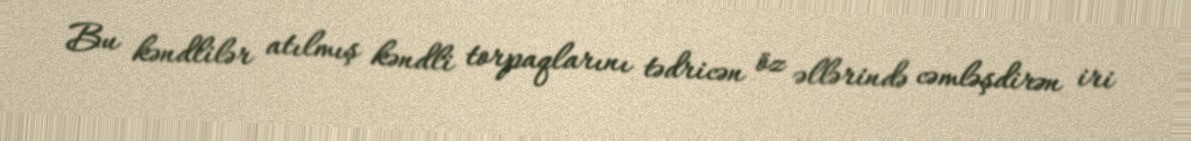
Bu kəndlilər atılmış kəndli torpaqlarını tədricən öz əllərində cəmləşdirən iri